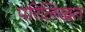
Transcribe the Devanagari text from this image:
परिलिखत